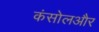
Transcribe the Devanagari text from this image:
कंसोलऔर